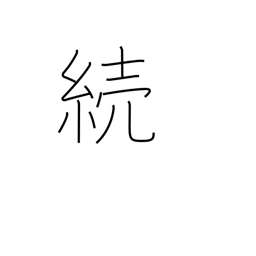
Meaning: sequel